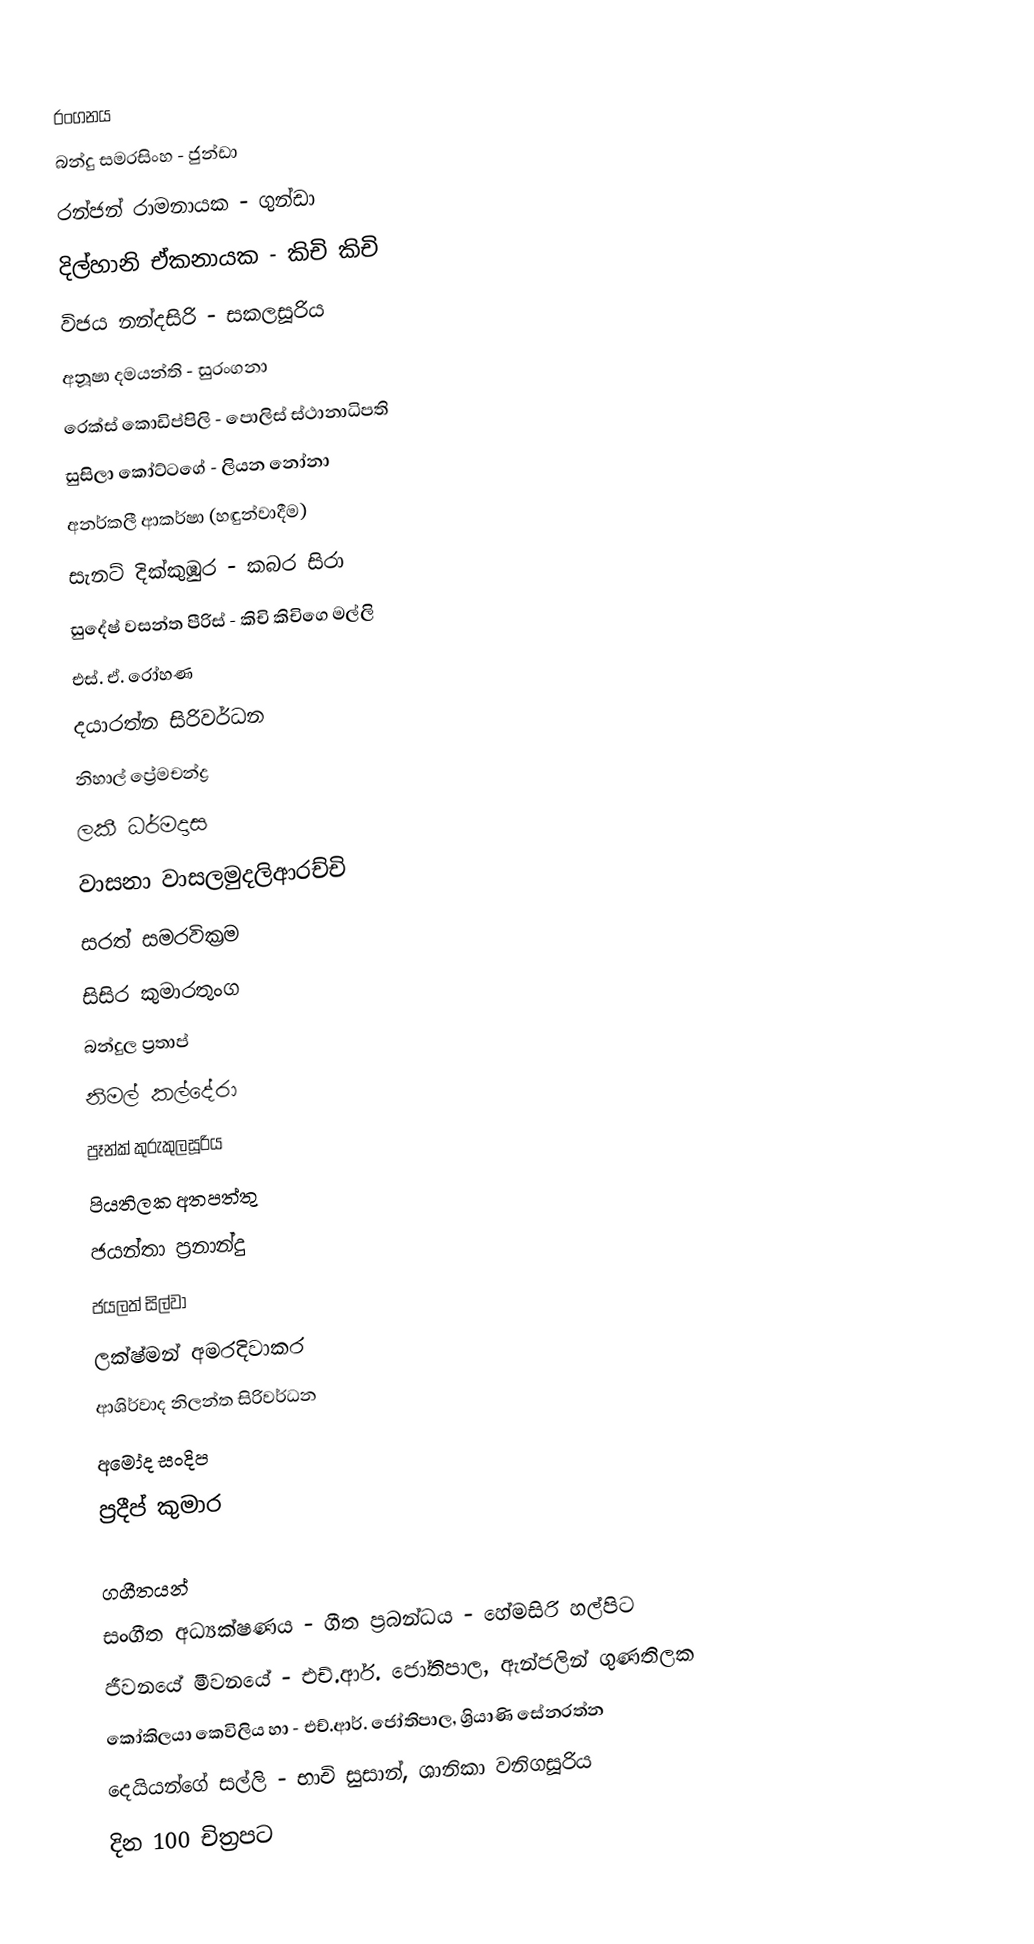

රංගනය
බන්දු සමරසිංහ - ජුන්ඩා
රන්ජන් රාමනායක - ගුන්ඩා
දිල්හානි ඒකනායක - කිචි කිචි
විජය නන්දසිරි - සකලසූරිය
අනූෂා දමයන්ති - සුරංගනා
රෙක්ස් කොඩිප්පිලි - පොලිස් ස්ථානාධිපති
සුසිලා කෝට්ටගේ - ලියන නෝනා
අනර්කලී ආකර්ෂා (හඳුන්වාදීම)
සැනට් දික්කුඹුර - කබර සිරා
සුදේෂ් වසන්ත පීරිස් - කිචි කිචිගෙ මල්ලි
එස්. ඒ. රෝහණ
දයාරත්න සිරිවර්ධන
නිහාල් ප්‍රේමචන්ද්‍ර
ලකී ධර්මදාස
වාසනා වාසලමුදලිආරච්චි
සරත් සමරවික්‍රම
සිසිර කුමාරතුංග
බන්දුල ප්‍රතාප්
නිමල් කල්දේරා
ප්‍රෑන්ක් කුරුකුලසූරිය
පියතිලක අතපත්තු
ජයන්තා ප්‍රනාන්දු
ජයලත් සිල්වා
ලක්ෂ්මන් අමරදිවාකර
ආශිර්වාද නිලන්ත සිරිවර්ධන
අමෝද සංදිප
ප්‍රදීප් කුමාර

ගගීතයන්
සංගීත අධ්‍යක්ෂණය - ගීත ප්‍රබන්ධය - හේමසිරි හල්පිට
ජීවනයේ මීවනයේ - එච්.ආර්. ජෝතිපාල, ඇන්ජලින් ගුණතිලක
කෝකිලයා කෙවිලිය හා - එච්.ආර්. ජෝතිපාල, ශ්‍රියාණි සේනරත්න
දෙයියන්ගේ සල්ලි - භාචි සුසාන්, ශානිකා වනිගසූරිය
දින 100 චිත්‍රපට